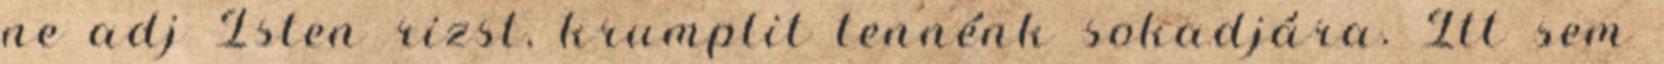
ne adj Isten rizst, krumplit tennénk sokadjára. Itt sem